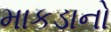
માકડાનો